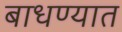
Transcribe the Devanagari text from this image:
बाधण्यात